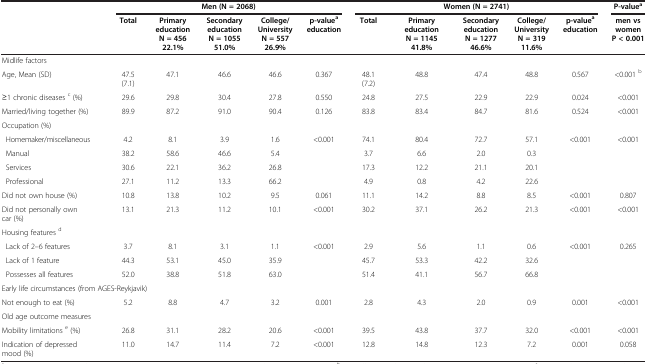
<table><thead><tr><td><b> </b></td><td colspan="5"><b>Men (N = 2068)</b></td><td colspan="5"><b>Women (N = 2741)</b></td><td><b>P-value<sup>a</sup></b></td></tr><tr><td><b> </b></td><td><b>Total</b></td><td><b>Primary education N = 456 22.1%</b></td><td><b>Secondary education N = 1055 51.0%</b></td><td><b>College/ UniversityN = 557 26.9%</b></td><td><b>p-value<sup>a </sup>education</b></td><td><b>Total</b></td><td><b>Primary education N = 1145 41.8%</b></td><td><b>Secondary education N = 1277 46.6%</b></td><td><b>College/ UniversityN = 319 11.6%</b></td><td><b>p-value<sup>a </sup>education</b></td><td><b>men vs women P &lt; 0.001</b></td></tr></thead><tbody><tr><td>Midlife factors</td><td> </td><td> </td><td> </td><td> </td><td> </td><td> </td><td> </td><td> </td><td> </td><td> </td><td> </td></tr><tr><td>Age, Mean (SD)</td><td>47.5(7.1)</td><td>47.1</td><td>46.6</td><td>46.6</td><td>0.367</td><td>48.1 (7.2)</td><td>48.8</td><td>47.4</td><td>48.8</td><td>0.567</td><td>&lt;0.001 <sup>b</sup></td></tr><tr><td>≥1 chronic diseases <sup>c</sup> (%)</td><td>29.6</td><td>29.8</td><td>30.4</td><td>27.8</td><td>0.550</td><td>24.8</td><td>27.5</td><td>22.9</td><td>22.9</td><td>0.024</td><td>&lt;0.001</td></tr><tr><td>Married/living together (%)</td><td>89.9</td><td>87.2</td><td>91.0</td><td>90.4</td><td>0.126</td><td>83.8</td><td>83.4</td><td>84.7</td><td>81.6</td><td>0.524</td><td>&lt;0.001</td></tr><tr><td>Occupation (%)</td><td> </td><td> </td><td> </td><td> </td><td> </td><td> </td><td> </td><td> </td><td> </td><td> </td><td> </td></tr><tr><td> Homemaker/miscellaneous</td><td>4.2</td><td>8.1</td><td>3.9</td><td>1.6</td><td rowspan="4">&lt;0.001</td><td>74.1</td><td>80.4</td><td>72.7</td><td>57.1</td><td>&lt;0.001</td><td>&lt;0.001</td></tr><tr><td> Manual</td><td>38.2</td><td>58.6</td><td>46.6</td><td>5.4</td><td>3.7</td><td>6.6</td><td>2.0</td><td>0.3</td><td> </td><td> </td></tr><tr><td> Services</td><td>30.6</td><td>22.1</td><td>36.2</td><td>26.8</td><td>17.3</td><td>12.2</td><td>21.1</td><td>20.1</td><td> </td><td> </td></tr><tr><td> Professional</td><td>27.1</td><td>11.2</td><td>13.3</td><td>66.2</td><td>4.9</td><td>0.8</td><td>4.2</td><td>22.6</td><td> </td><td> </td></tr><tr><td>Did not own house (%)</td><td>10.8</td><td>13.8</td><td>10.2</td><td>9.5</td><td>0.061</td><td>11.1</td><td>14.2</td><td>8.8</td><td>8.5</td><td>&lt;0.001</td><td>0.807</td></tr><tr><td>Did not personally own car (%)</td><td>13.1</td><td>21.3</td><td>11.2</td><td>10.1</td><td>&lt;0.001</td><td>30.2</td><td>37.1</td><td>26.2</td><td>21.3</td><td>&lt;0.001</td><td>&lt;0.001</td></tr><tr><td>Housing features <sup>d</sup></td><td> </td><td> </td><td> </td><td> </td><td> </td><td> </td><td> </td><td> </td><td> </td><td> </td><td> </td></tr><tr><td> Lack of 2–6 features</td><td>3.7</td><td>8.1</td><td>3.1</td><td>1.1</td><td>&lt;0.001</td><td>2.9</td><td>5.6</td><td>1.1</td><td>0.6</td><td>&lt;0.001</td><td>0.265</td></tr><tr><td> Lack of 1 feature</td><td>44.3</td><td>53.1</td><td>45.0</td><td>35.9</td><td> </td><td>45.7</td><td>53.3</td><td>42.2</td><td>32.6</td><td> </td><td> </td></tr><tr><td> Possesses all features</td><td>52.0</td><td>38.8</td><td>51.8</td><td>63.0</td><td> </td><td>51.4</td><td>41.1</td><td>56.7</td><td>66.8</td><td> </td><td> </td></tr><tr><td>Early life circumstances (from AGES-Reykjavik)</td><td> </td><td> </td><td> </td><td> </td><td> </td><td> </td><td> </td><td> </td><td> </td><td> </td><td> </td></tr><tr><td>Not enough to eat (%)</td><td>5.2</td><td>8.8</td><td>4.7</td><td>3.2</td><td>0.001</td><td>2.8</td><td>4.3</td><td>2.0</td><td>0.9</td><td>0.001</td><td>&lt;0.001</td></tr><tr><td>Old age outcome measures</td><td> </td><td> </td><td> </td><td> </td><td> </td><td> </td><td> </td><td> </td><td> </td><td> </td><td> </td></tr><tr><td>Mobility limitations <sup>e</sup> (%)</td><td>26.8</td><td>31.1</td><td>28.2</td><td>20.6</td><td>&lt;0.001</td><td>39.5</td><td>43.8</td><td>37.7</td><td>32.0</td><td>&lt;0.001</td><td>&lt;0.001</td></tr><tr><td>Indication of depressed mood (%)</td><td>11.0</td><td>14.7</td><td>11.4</td><td>7.2</td><td>&lt;0.001</td><td>12.8</td><td>14.8</td><td>12.3</td><td>7.2</td><td>0.001</td><td>0.058</td></tr></tbody></table>